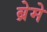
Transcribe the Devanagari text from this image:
ब्रेमे